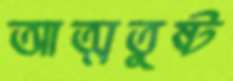
আত্মতুষ্ট